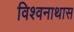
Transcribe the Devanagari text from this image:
विश्वनाथास